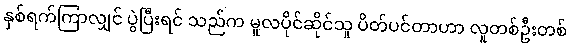
နှစ်ရက်ကြာလျှင် ပွဲပြီးရင် သည်က မူလပိုင်ဆိုင်သူ ပိတ်ပင်တာဟာ လူတစ်ဦးတစ်